Annual report on the Civil Veterinary Department, Burma (including the Insein Veterinary School) - 1923-1931
Year: 1923
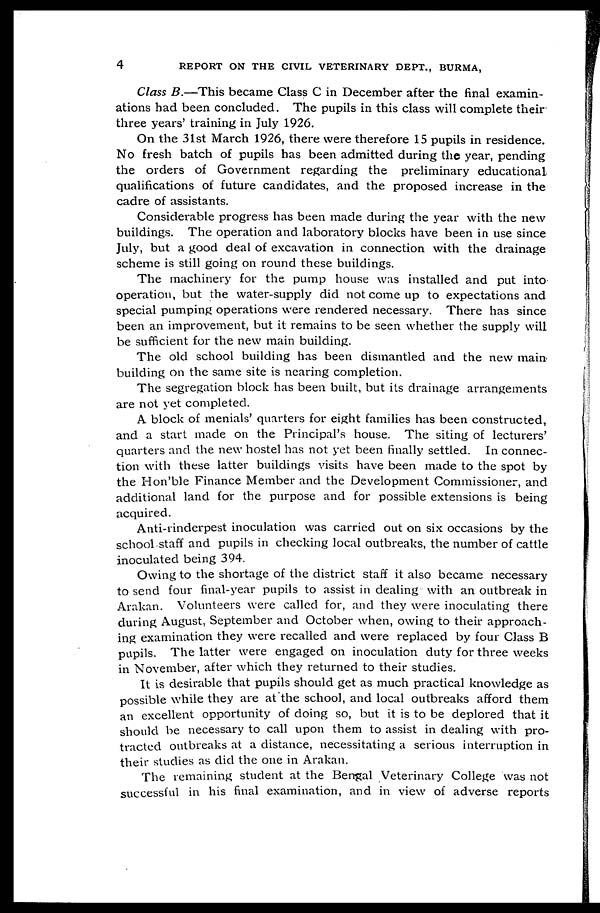
4
REPORT ON THE CIVIL VETERINARY DEPT., BURMA,
Class B.—This became Class C in December after the final examin-
ations had been concluded. The pupils in this class will complete their
three years' training in July 1926.
On the 31st March 1926, there were therefore 15 pupils in residence.
No fresh batch of pupils has been admitted during the year, pending
the orders of Government regarding the preliminary educational
qualifications of future candidates, and the proposed increase in the
cadre of assistants.
Considerable progress has been made during the year with the new
buildings. The operation and laboratory blocks have been in use since
July, but a good deal of excavation in connection with the drainage
scheme is still going on round these buildings.
The machinery for the pump house was installed and put into
operation, but the water-supply did not come up to expectations and
special pumping operations were rendered necessary. There has since
been an improvement, but it remains to be seen whether the supply will
be sufficient for the new main building.
The old school building has been dismantled and the new main
building on the same site is nearing completion.
The segregation block has been built, but its drainage arrangements
are not yet completed.
A block of menials' quarters for eight families has been constructed,
and a start made on the Principal's house. The siting of lecturers'
quarters and the new hostel has not yet been finally settled. In connec-
tion with these latter buildings visits have been made to the spot by
the Hon'ble Finance Member and the Development Commissioner, and
additional land for the purpose and for possible extensions is being
acquired.
Anti-rinderpest inoculation was carried out on six occasions by the
school staff and pupils in checking local outbreaks, the number of cattle
inoculated being 394.
Owing to the shortage of the district staff it also became necessary
to send four final-year pupils to assist in dealing with an outbreak in
Arakan. Volunteers were called for, and they were inoculating there
during August, September and October when, owing to their approach-
ing examination they were recalled and were replaced by four Class B
pupils. The latter were engaged on inoculation duty for three weeks
in November, after which they returned to their studies.
It is desirable that pupils should get as much practical knowledge as
possible while they are at the school, and local outbreaks afford them
an excellent opportunity of doing so, but it is to be deplored that it
should be necessary to call upon them to assist in dealing with pro-
tracted outbreaks at a distance, necessitating a serious interruption in
their studies as did the one in Arakan.
The remaining student at the Bengal Veterinary College was not
successful in his final examination, and in view of adverse reports